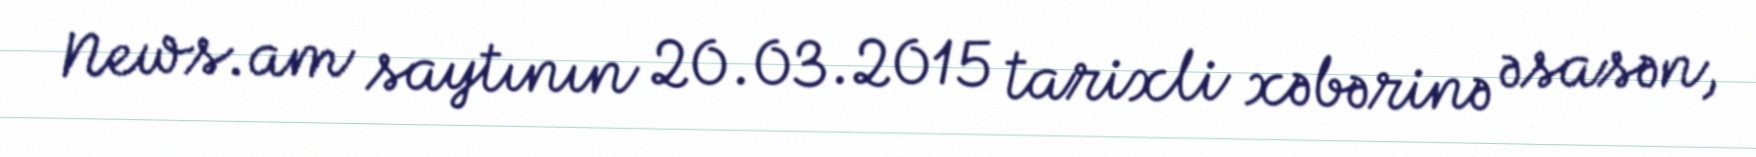
News.am saytının 20.03.2015 tarixli xəbərinə əsasən,